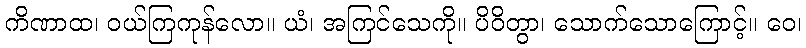
ကိဏာထ၊ ဝယ်ကြကုန်လော။ ယံ၊ အကြင်သေကို။ ပိဝိတွာ၊ သောက်သောကြောင့်။ ဝေ၊